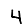
Digit: 4